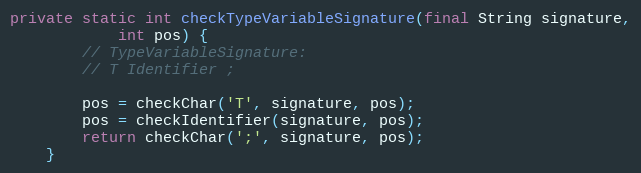
Language: Java
private static int checkTypeVariableSignature(final String signature,
            int pos) {
        // TypeVariableSignature:
        // T Identifier ;

        pos = checkChar('T', signature, pos);
        pos = checkIdentifier(signature, pos);
        return checkChar(';', signature, pos);
    }